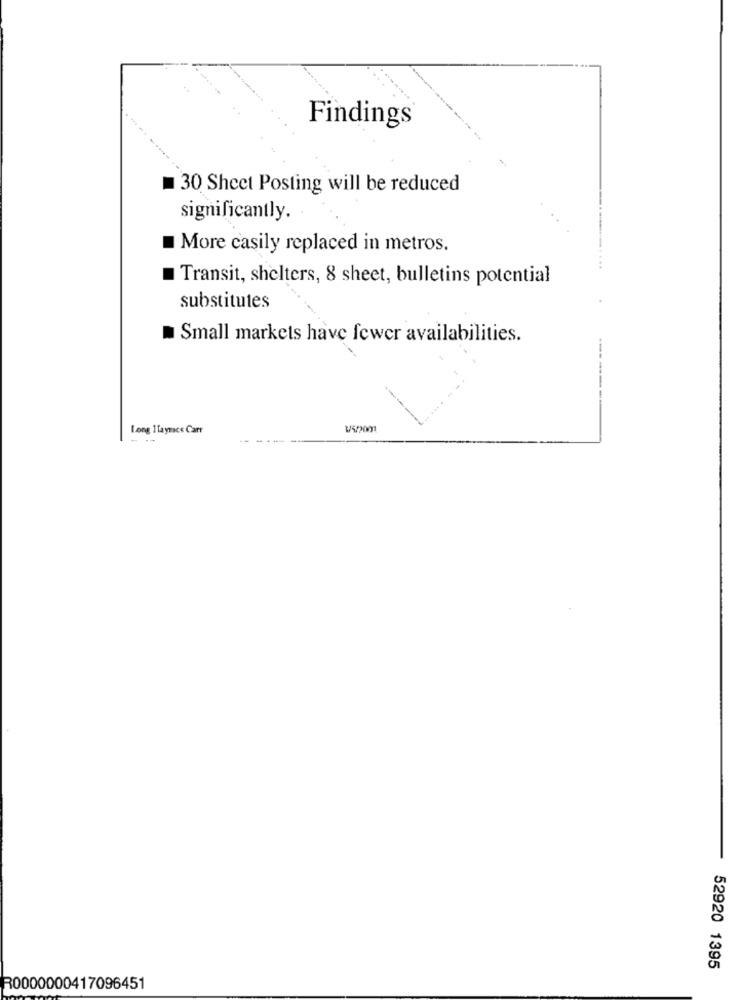
Findings
= 30 Sheet Posting will be reduced
significantly.
More casily replaced in metros.
Transit, shelters, 8 sheet, bulletins potential
substitutes
Small markets have fewer availabilities.
Long ITaymacs Carr
-----
52920 1395
R0000000417096451